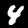
Label: 4